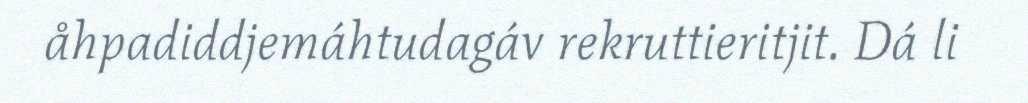
åhpadiddjemáhtudagáv rekruttieritjit. Dá li